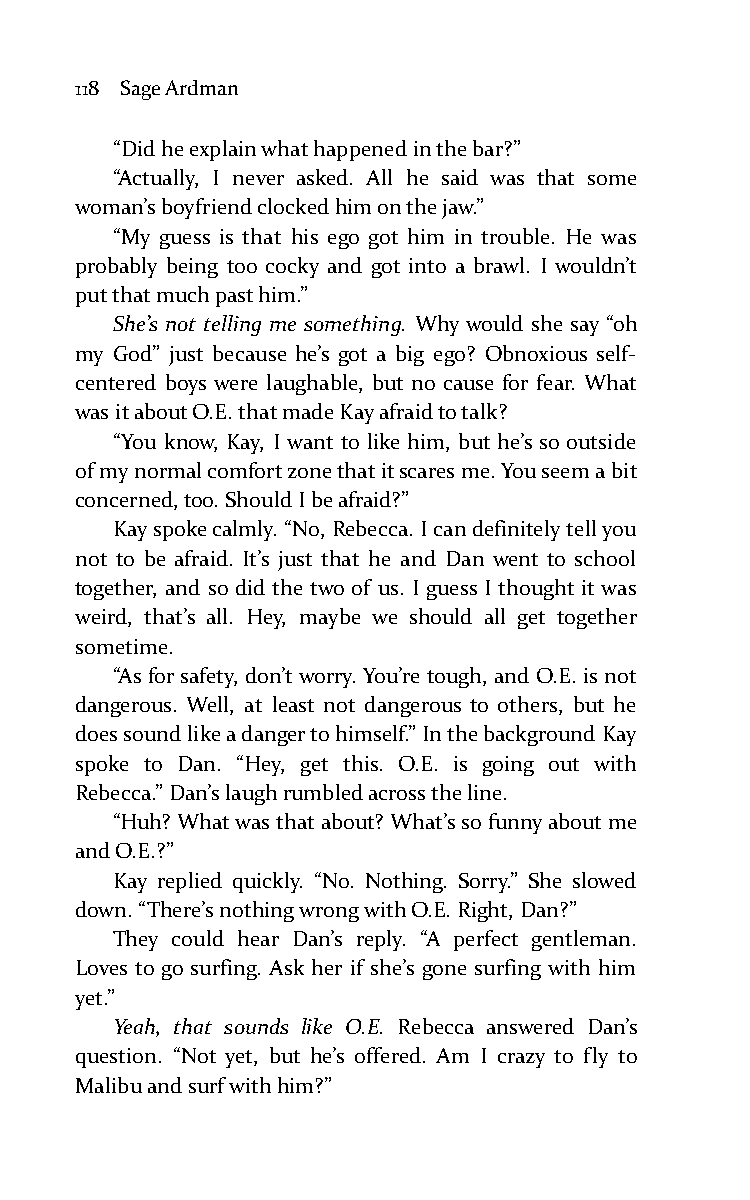
118 Sage Ardman
 “Did he explain what happened in the bar?”
 “Actually, I never asked. All he said was that some
 woman’s boyfriend clocked him on the jaw.”
 “My guess is that his ego got him in trouble. He was
 probably being too cocky and got into a brawl. I wouldn’t
 put that much past him.”
 She’s not telling me something. Why would she say “oh
 my God” just because he’s got a big ego? Obnoxious self-
 centered boys were laughable, but no cause for fear. What
 was it about O.E. that made Kay afraid to talk?
 “You know, Kay, I want to like him, but he’s so outside
 of my normal comfort zone that it scares me. You seem a bit
 concerned, too. Should I be afraid?”
 Kay spoke calmly. “No, Rebecca. I can definitely tell you
 not to be afraid. It’s just that he and Dan went to school
 together, and so did the two of us. I guess I thought it was
 weird, that’s all. Hey, maybe we should all get together
 sometime.
 “As for safety, don’t worry. You’re tough, and O.E. is not
 dangerous. Well, at least not dangerous to others, but he
 does sound like a danger to himself.” In the background Kay
 spoke to Dan. “Hey, get this. O.E. is going out with
 Rebecca.” Dan’s laugh rumbled across the line.
 “Huh? What was that about? What’s so funny about me
 and O.E.?”
 Kay replied quickly. “No. Nothing. Sorry.” She slowed
 down. “There’s nothing wrong with O.E. Right, Dan?”
 They could hear Dan’s reply. “A perfect gentleman.
 Loves to go surfing. Ask her if she’s gone surfing with him
 yet.”
 Yeah, that sounds like O.E. Rebecca answered Dan’s
 question. “Not yet, but he’s offered. Am I crazy to fly to
 Malibu and surf with him?”